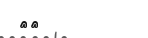
١٥